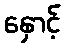
နှောင့်